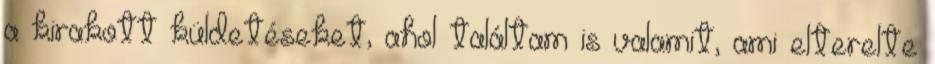
a kirakott küldetéseket, ahol találtam is valamit, ami elterelte